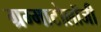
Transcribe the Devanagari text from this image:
ग्रम्माटोलॉजी